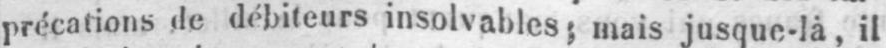
précations de débiteurs insolvables; mais jusque-là, il